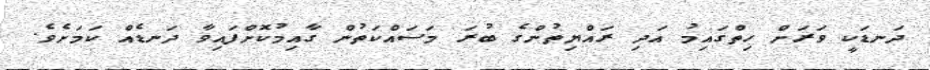
ދަނޑަކީ ވަރަށް ހިތްގައިމު އަދި ރައްޔިތުންގެ ބުރަ މަސައްކަތުން ގާއިމުކޮށްފައިވާ ދަނޑެއް ކަމަށެވެ.